Tartu_Eesti_Lasteaia_Selts, lk 18
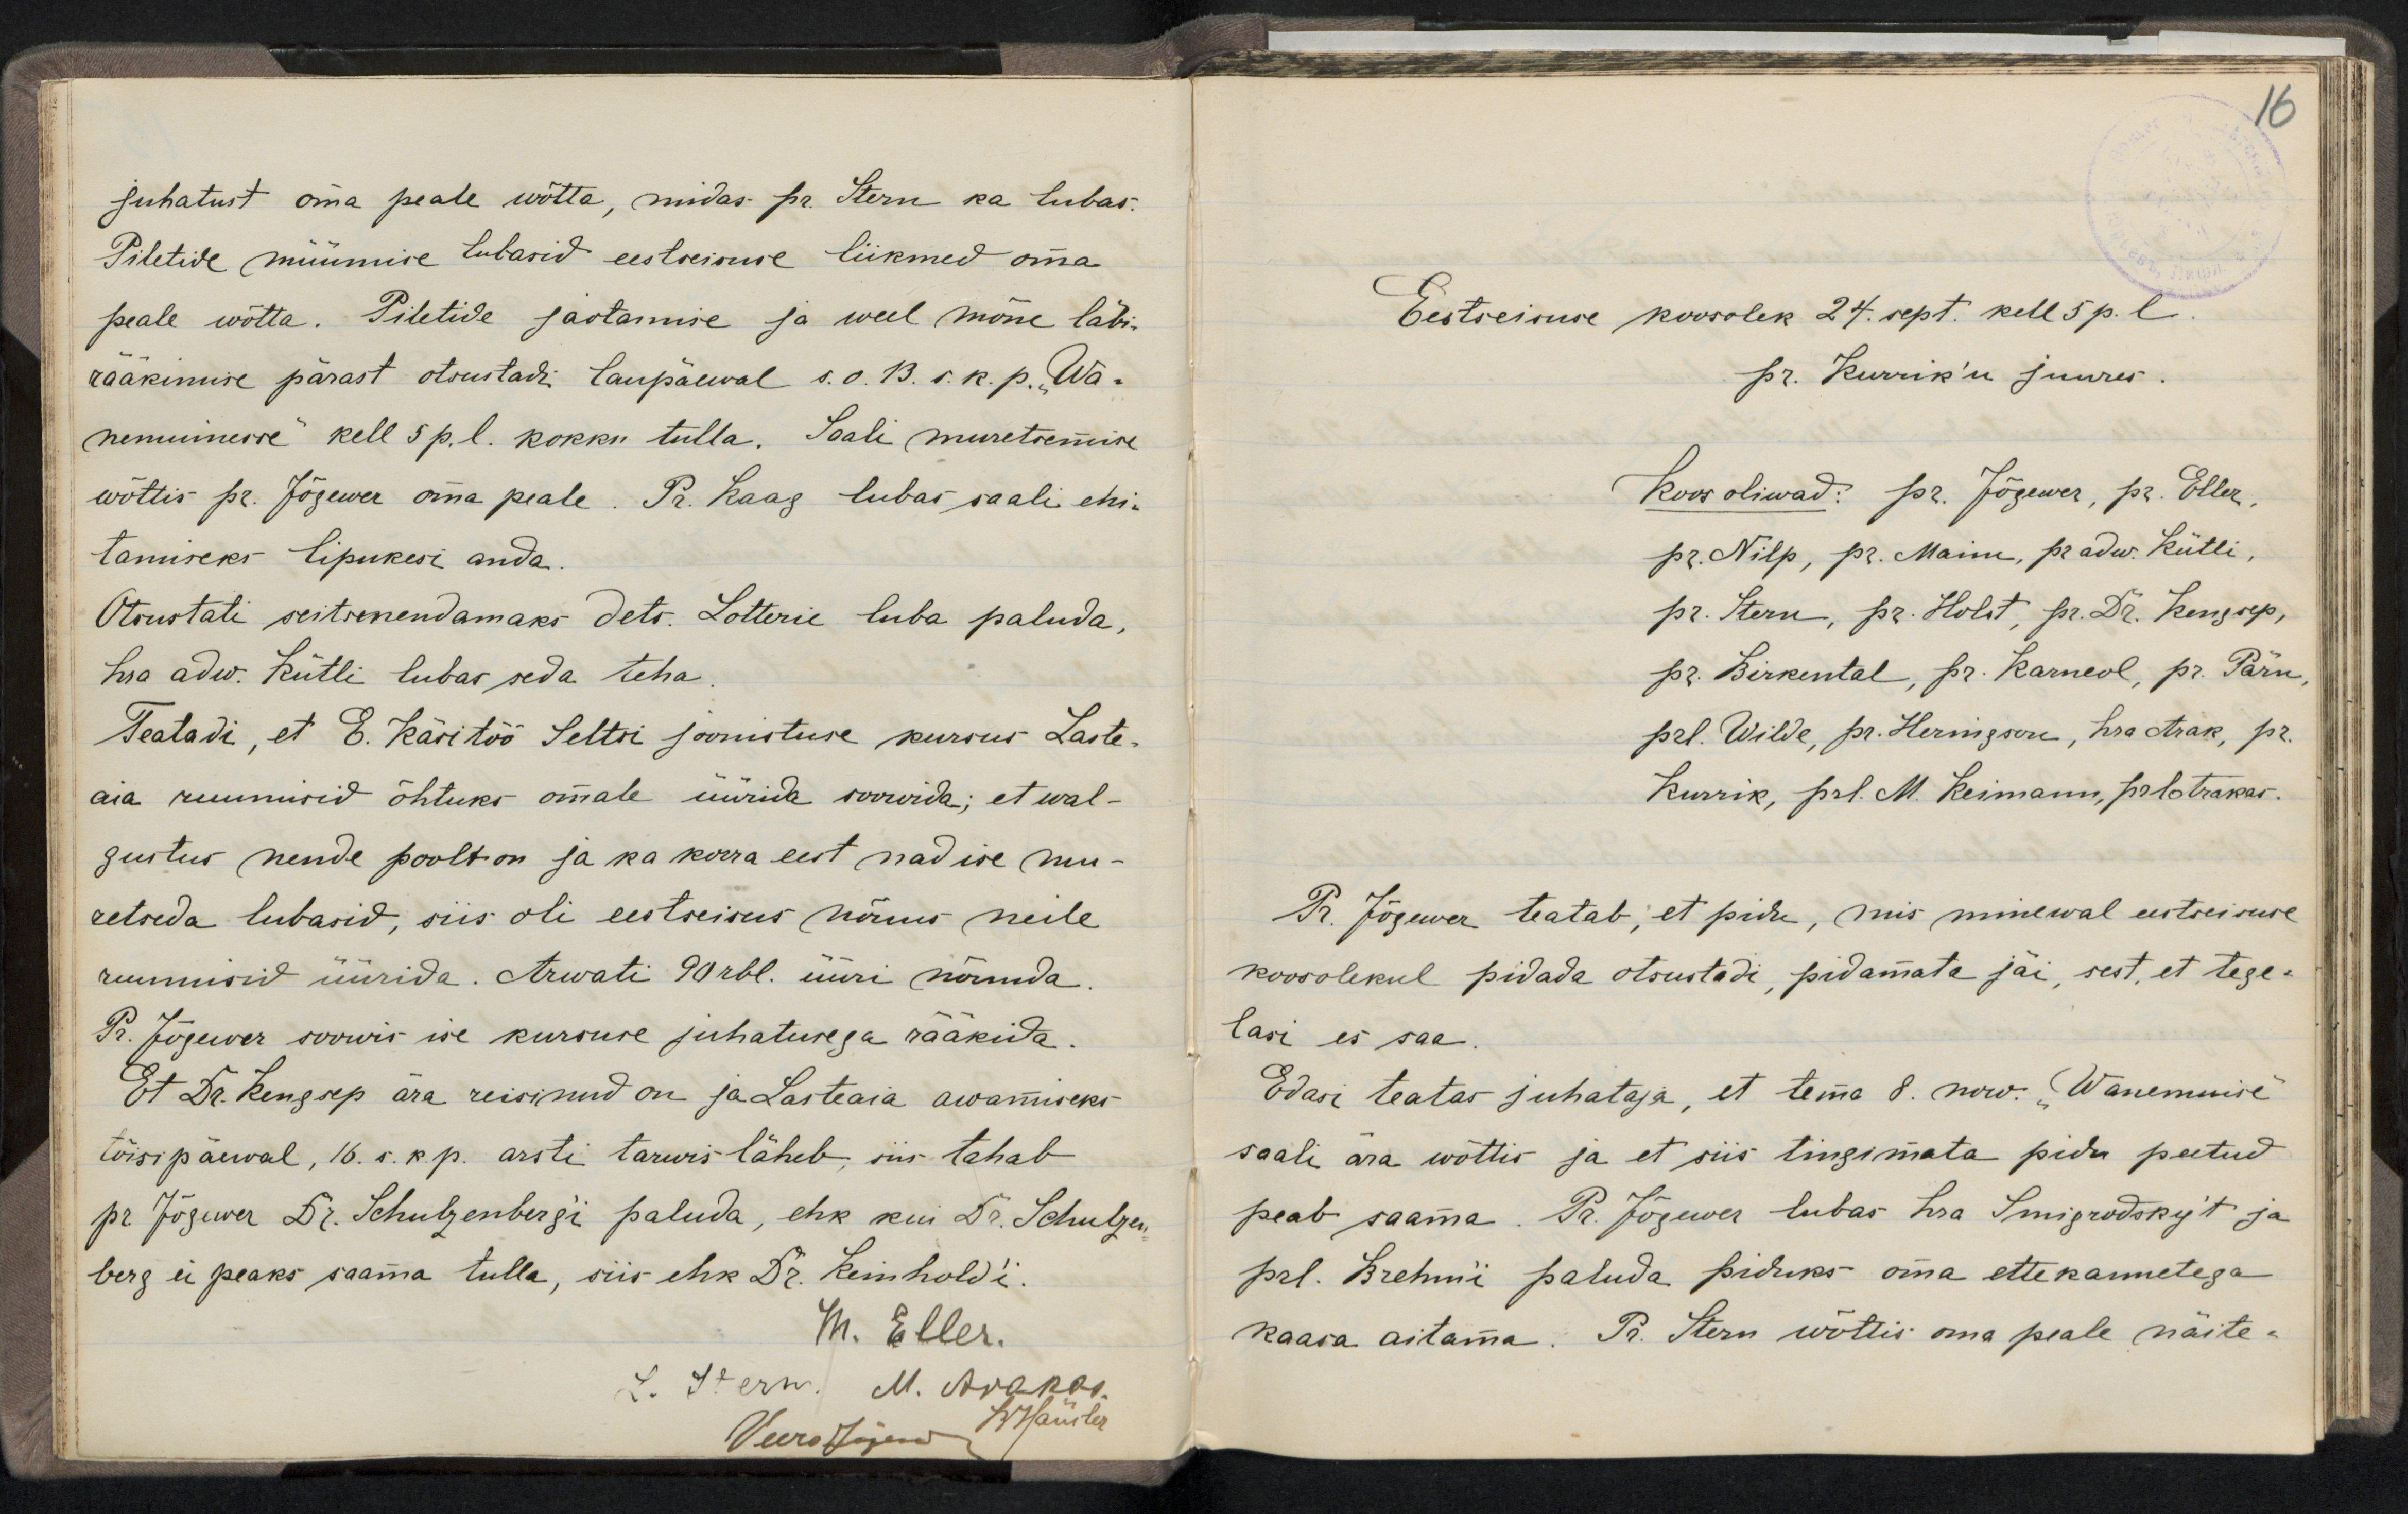
juhatust oma peale wõtta, miidas pr. Kern ka tubas.Siletide muumise tubasid eestoeimie liikmed omapeale wõtta. Piletide saotamise ja weel mõne läbi-rääkimise pärast otsustadr laupäewal s.o 13. r. k. p. Wa-nemuinerre kell 5 p.l. kokku tulla. Soali muretsemisewõttis pr. Jõgewa oma peale. Pa. Raag lubas saali ehi-tamiseks lipukesi andaOtsustati seitsenendamaks Sets. Lotterie luba paluda,ha adw. Kütli lubar seda tehaSeatadi, et E. Käritöö Seltsi soonstuse kurrus Laste.aia ruuniisid õhtuks omale üürida roouida; et wal-surtus nende poolt on ja ka korra eest nad ise mu-eetseda lubasid, siis oli eestseisus nõuus neileruumisid üürida. Arwati 90 rbl. uuri nõuudaRr. Jõgewer soowis ise kurruse juhatusega rääkidaEt Dr. Rengsep ära reisinud on ja Lasteaia awamiseks-tõisipäewal, 16. r.k p. arsti tarwis läheb siis tahabpr. Jõgewa Dr. Schulgenbergi paluda, ehk kui Dr. Schulgenberg ei peaks saama tulla, siis ehk Pr. Remholdi.M. Eller.

16

Eestseisuse koosolek 24. sept. kell 5 p.l.
pr. Kurrik´u juures.
Koos oliwad: pr. Jõgewer, pr. Eller,
pr. Nilp, pr. Maim, pr adw. Rütli,
pr. Stern, pr. Holst, pr. Dr. Kengsep,
pr. Birkental, pr. Karneol, pr. Pärn,
prl. Wilde, pr. Heringson, hra Arak, pr.
Kurrik, prl. M. Reimann, prl Arakas.
Pr. Jõgewer teatab, et pidu, mis minewal eestseisuse
koosolekul pidada otsustadi, pidamata jäi, sest, et tege-
lasi es saa.
Edasi teatas juhataja, et tema 8. now. "Wanemuise"
saali ära wõttis ja et siis tingimata pidu peetud
peab saama. Pr. Jõgewer lubas hra Smigrodsky´t ja
prl. Brehm´i paluda piduks oma ettekannetega
kaasa aitama. Pr. Stern wõttis oma peale näite-